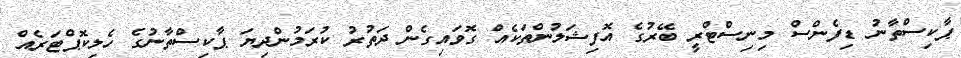
ޕާކިސްތާނު ޑިފެންސް މިނިސްޓްރީ ބޭރުގެ އޮފިޝަލުންތަކެއް ގޮވައިގެން ދަތުރު ކުރަމުންދިޔަ ޕާކިސްތާނުގެ ހެލިކޮޕްޓަރެއް